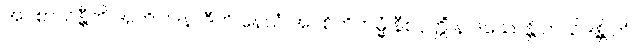
အပစာယန္တီတိ အဘိဝါဒနာဒီဟိ နေသံ အပစိတိကမ္မံ နီစဝုတ္တိံ န ဒဿေန္တိ တယိဒန္တိ တံ